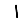
Digit: 1